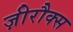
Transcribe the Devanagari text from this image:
ज़ीरौक्स